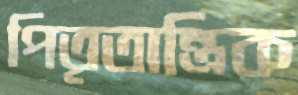
পিতৃতান্ত্রিক